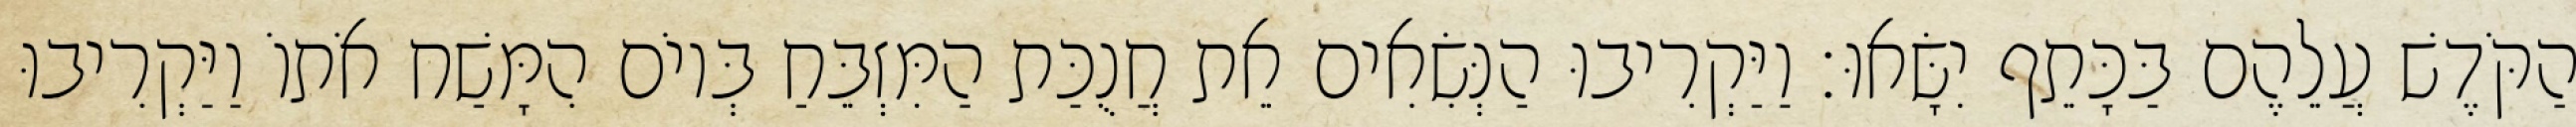
הַקֹּדֶשׁ עֲלֵהֶם בַּכָּתֵף יִשָּׂאוּ׃ וַיַּקְרִיבוּ הַנְּשִׂאִים אֵת חֲנֻכַּת הַמִּזְבֵּחַ בְּיוֹם הִמָּשַׁח אֹתוֹ וַיַּקְרִיבוּ